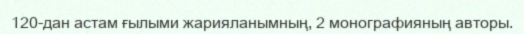
120-дан астам ғылыми жарияланымның, 2 монографияның авторы.